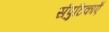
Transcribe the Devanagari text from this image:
संपुटिकाएँ